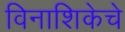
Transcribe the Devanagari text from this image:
विनाशिकेचे